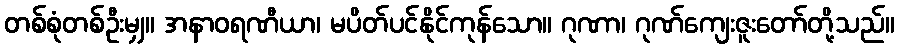
တစ်စုံတစ်ဦးမျှ။ အနာဝရဏီယာ၊ မပိတ်ပင်နိုင်ကုန်သော။ ဂုဏာ၊ ဂုဏ်ကျေးဇူးတော်တို့သည်။